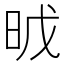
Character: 𣆈